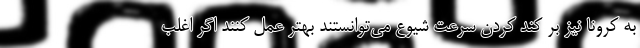
به کرونا نیز بر کند کردن سرعت شیوع می‌توانستند بهتر عمل کنند اگر اغلب